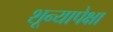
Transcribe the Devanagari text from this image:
शून्यापेक्षा